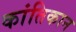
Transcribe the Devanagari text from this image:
कांतिकान